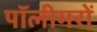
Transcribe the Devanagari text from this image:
पॉलीमरों